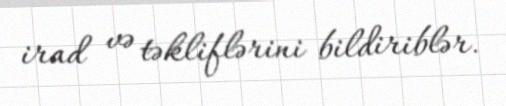
irad və təkliflərini bildiriblər.